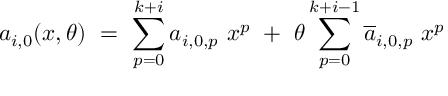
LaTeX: a _ { i , 0 } ( x , \theta ) \ = \ \sum _ { p = 0 } ^ { k + i } a _ { i , 0 , p } \ x ^ { p } \ + \ \theta \sum _ { p = 0 } ^ { k + i - 1 } \overline { { { a } } } _ { i , 0 , p } \ x ^ { p }